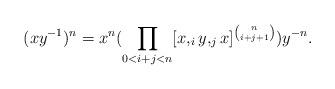
LaTeX: \begin{align*}(xy^{-1})^n=x^n (\prod_{0<i+j<n}[x,_i y,_j x]^{\binom{n}{i+j+1}})y^{-n}. \end{align*}